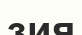
зия